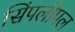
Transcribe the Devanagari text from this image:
सिंपलीपल